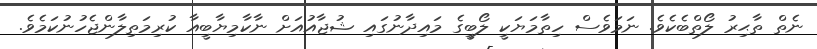
ނެތް ތާޙިރު ލޯތްބެކެވެ. ނަމަވެސް ހިތާމަޔަކީ ލޯބީގެ މައިދާނުގައި ޝުޖާއުއަށް ނާކާމިޔާބީއާ ކުރިމަތިލާންޖެހުނުކަމެވެ.